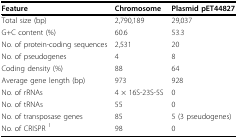
<table><thead><tr><td><b>Feature</b></td><td><b>Chromosome</b></td><td><b>Plasmid pET44827</b></td></tr></thead><tbody><tr><td>Total size (bp)</td><td>2,790,189</td><td>29,037</td></tr><tr><td>G+C content (%)</td><td>60.6</td><td>53.3</td></tr><tr><td>No. of protein-coding sequences</td><td>2,531</td><td>20</td></tr><tr><td>No. of pseudogenes</td><td>4</td><td>8</td></tr><tr><td>Coding density (%)</td><td>88</td><td>64</td></tr><tr><td>Average gene length (bp)</td><td>973</td><td>928</td></tr><tr><td>No. of rRNAs</td><td>4 × 16S-23S-5S</td><td>0</td></tr><tr><td>No. of tRNAs</td><td>55</td><td>0</td></tr><tr><td>No. of transposase genes</td><td>85</td><td>5 (3 pseudogenes)</td></tr><tr><td>No. of CRISPR <sup>1</sup></td><td>98</td><td>0</td></tr></tbody></table>